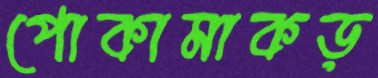
পোকামাকড়